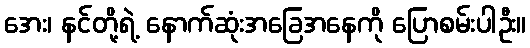
အေး၊ နင်တို့ရဲ့ နောက်ဆုံးအခြေအနေကို ပြောစမ်းပါဦး။